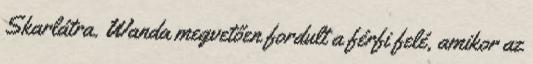
Skarlátra. Wanda megvetően fordult a férfi felé, amikor az